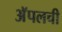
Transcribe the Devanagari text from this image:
अॅपलची